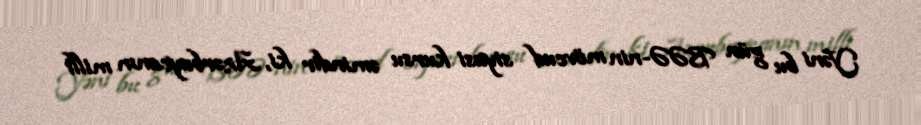
Yəni bu gün BƏƏ-nin mövcud siyasi kursu əmindir ki, Azərbaycanın milli